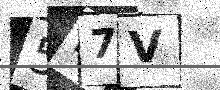
Text: 5K7V